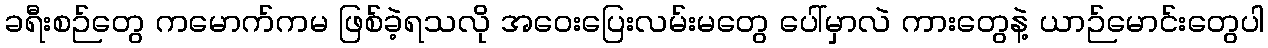
ခရီးစဉ်တွေ ကမောက်ကမ ဖြစ်ခဲ့ရသလို အဝေးပြေးလမ်းမတွေ ပေါ်မှာလဲ ကားတွေနဲ့ ယာဉ်မောင်းတွေပါ